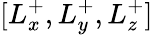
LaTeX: [L_{x}^{+},L_{y}^{+},L_{z}^{+}]